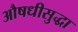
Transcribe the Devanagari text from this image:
औषधीसुद्धा